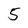
Character: 5